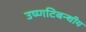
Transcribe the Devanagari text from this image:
उष्णटिबन्धीय